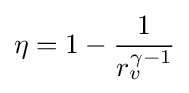
\eta =1-{1 \over r_{v}^{\gamma -1}}